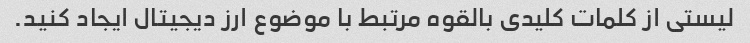
لیستی از کلمات کلیدی بالقوه مرتبط با موضوع ارز دیجیتال ایجاد کنید.